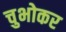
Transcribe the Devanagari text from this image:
चुभोकर